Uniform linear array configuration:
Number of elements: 32
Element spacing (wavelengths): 0.25
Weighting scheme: binomial
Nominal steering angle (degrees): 15
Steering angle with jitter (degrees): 15.36
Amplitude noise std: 0.05
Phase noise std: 0.05

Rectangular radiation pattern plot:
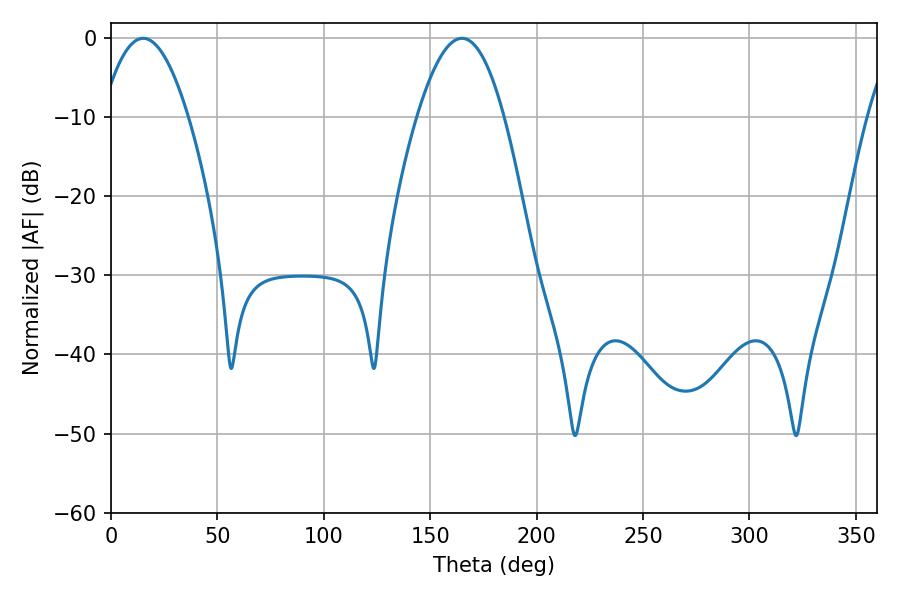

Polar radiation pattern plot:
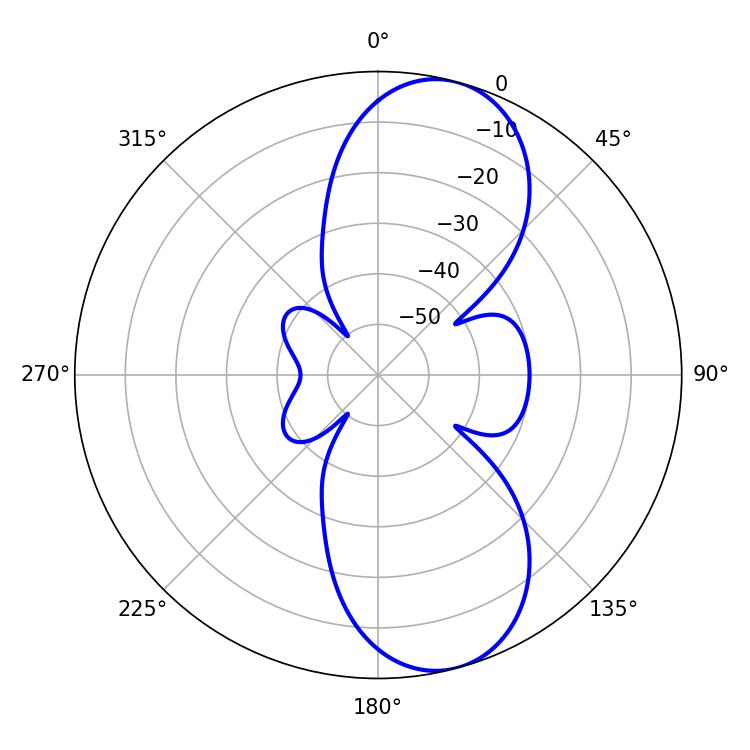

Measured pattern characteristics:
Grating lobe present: FALSE
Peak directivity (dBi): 9.555
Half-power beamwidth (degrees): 22.32
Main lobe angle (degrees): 15.12